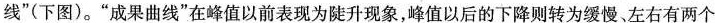
线”(下图)。”成果曲线”在峰值以前表现为陡升现象，峰值以后的下降则转为缓慢，左右有两个